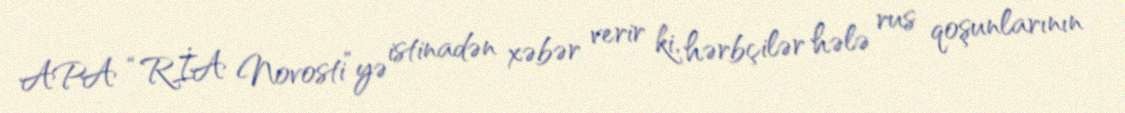
APA “RİA Novosti”yə istinadən xəbər verir ki, hərbçilər hələ rus qoşunlarının